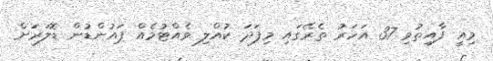
މިއީ ފާއިތުވި 37 އަހަރު ތެރޭގައި މިފަދަ ކުއްލި ވެއްޓުމެއް ޕައުންޑުން ޑޮލަރަށް